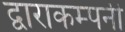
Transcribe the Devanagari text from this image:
द्वाराकम्‍पनी